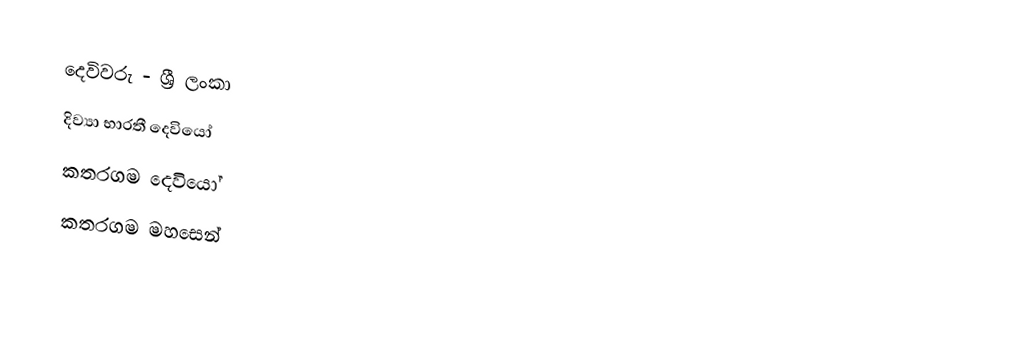
දෙවිවරු - ශ්‍රී ලංකා
 දිව්‍යා භාරතී දෙවියෝ
 කතරගම දෙවියෝ
 කතරගම මහසෙන්